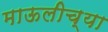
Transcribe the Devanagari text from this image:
माऊलीच्या